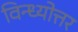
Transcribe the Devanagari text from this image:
विन्ध्योत्तर